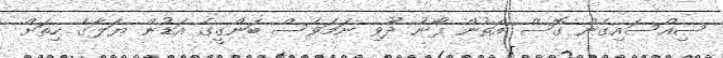
ސިއްސައިގެން ގޮސް އަތުން ފޯނު ދޫވި ނަމަވެސް ބަންގީގެ އަޑުން ޔަލާގެ ހިތަށް